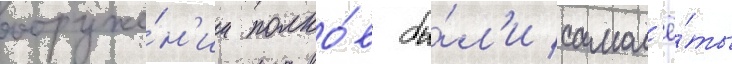
вооруже́н'ии полко́в бы́л'и самол'ё́ты